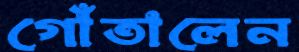
গোঁতালেন